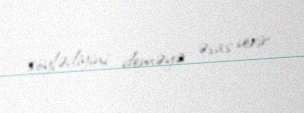
söylədiyini deməyə əsas verir.